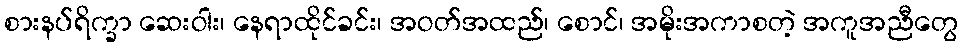
စားနပ်ရိက္ခာ ဆေးဝါး၊ နေရာထိုင်ခင်း၊ အဝတ်အထည်၊ စောင်၊ အမိုးအကာစတဲ့ အကူအညီတွေ